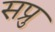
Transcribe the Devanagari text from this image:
सप्रु